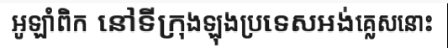
អូឡាំពិក នៅទីក្រុងឡុងប្រទេសអង់គ្លេសនោះ